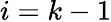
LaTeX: i=k-1